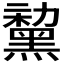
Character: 𪑤